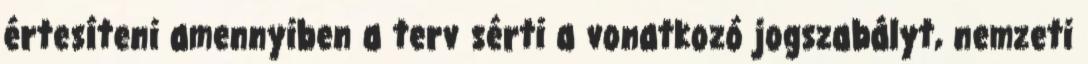
értesíteni amennyiben a terv sérti a vonatkozó jogszabályt, nemzeti